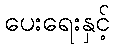
ပေးရေးနှင့်